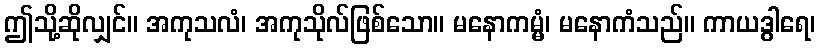
ဤသို့ဆိုလျှင်။ အကုသလံ၊ အကုသိုလ်ဖြစ်သော။ မနောကမ္မံ၊ မနောကံသည်။ ကာယဒွါရေ၊